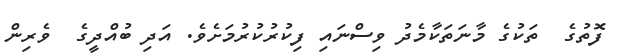
ފޮތުގެ  ތަކުގެ މާނަތަކާމެދު ވިސްނައި ފިކުރުކުރުމަށެވެ. އަދި ބުއްދީގެ  ވެރިން